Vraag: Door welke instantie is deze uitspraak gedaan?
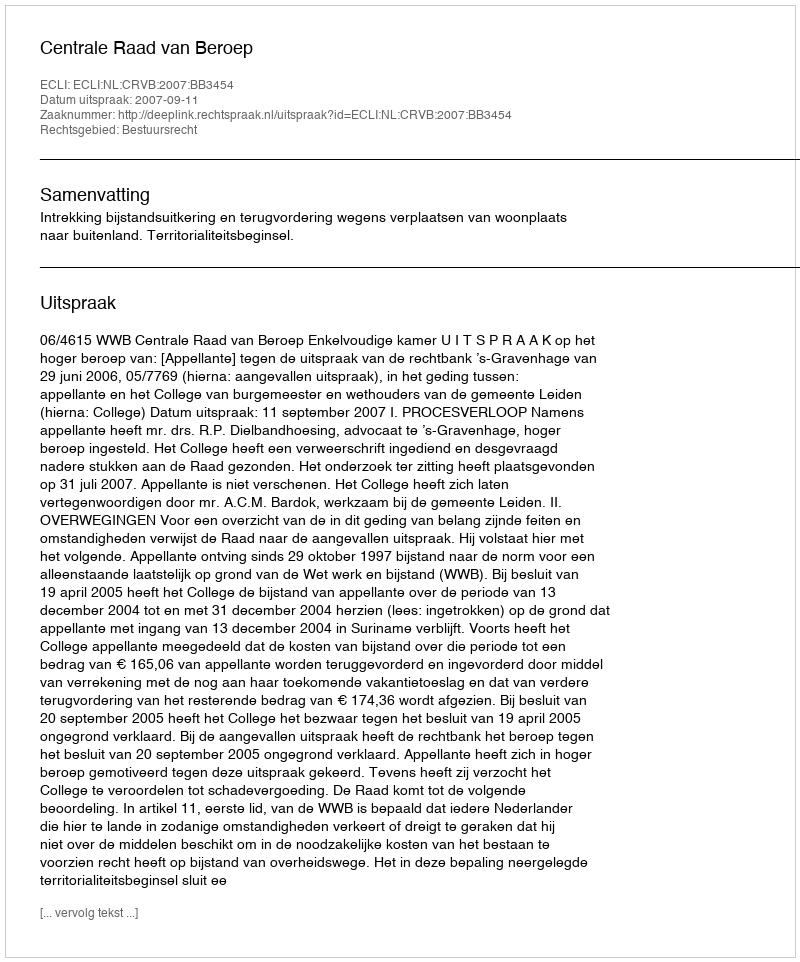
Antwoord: Centrale Raad van Beroep